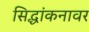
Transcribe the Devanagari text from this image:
सिद्धांकनावर